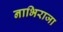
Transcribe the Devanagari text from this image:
नाभिराजा